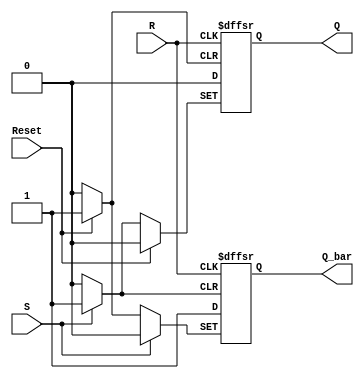
module sr_flipflop (
    input S, R, Reset,
    output reg Q, Q_bar
);

always @(posedge Reset or posedge S or posedge R) begin
    if (Reset) begin
        Q <= 1'b0;
        Q_bar <= 1'b1;
    end else if (S) begin
        Q <= 1'b1;
        Q_bar <= 1'b0;
    end else if (R) begin
        Q <= 1'b0;
        Q_bar <= 1'b1;
    end
end

endmodule